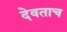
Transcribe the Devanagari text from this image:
देवताच